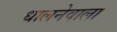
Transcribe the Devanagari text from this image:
धालनेवाला